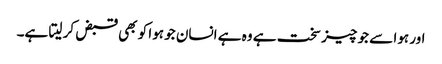
اور ہوا سے جو چیز سخت ہے وہ ہے انسان جو ہوا کو بھی قبض کر لیتا ہے۔